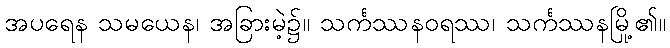
အပရေန သမယေန၊ အခြားမဲ့၌။ သင်္ကဿနဝရဿ၊ သင်္ကဿနမြို့၏။